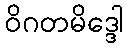
ဝိဂတမိဒ္ဒေါ